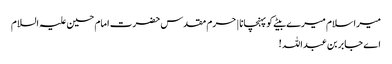
میرا سلام میرے بیٹے کو پہنچانا | حرم مقدس حضرت امام حسین علیہ السلام
اے جابر بن عبداللہ !